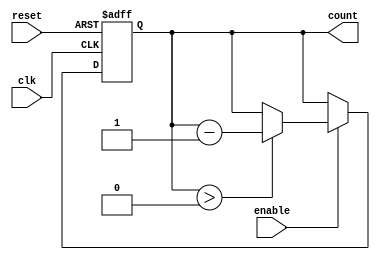
module down_counter (
    input wire clk,        // Clock input
    input wire enable,     // Enable signal
    input wire reset,      // Asynchronous reset signal
    output reg [3:0] count // 4-bit current count output (can be adjusted for different widths)
);
    
    // Define maximum count value
    parameter MAX_COUNT = 4'b1111; // 15 for a 4-bit counter

    // Asynchronous reset and counting behavior
    always @(posedge clk or posedge reset) begin
        if (reset) begin
            count <= MAX_COUNT; // Reset to maximum count
        end else if (enable) begin
            if (count > 0) begin
                count <= count - 1; // Decrement the count
            end
        end
        // If enable is low, count retains its value
    end

endmodule